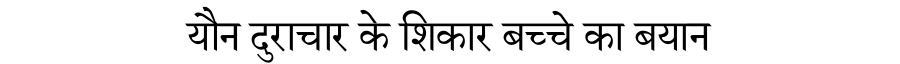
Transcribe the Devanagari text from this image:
यौन दुराचार के शिकार बच्चे का बयान